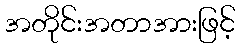
အတိုင်းအတာအားဖြင့်